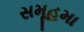
સમૂહમા